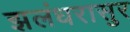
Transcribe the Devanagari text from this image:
झलंधरासुर